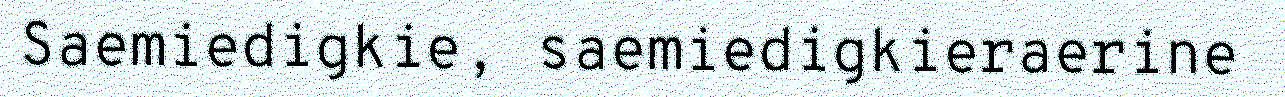
Saemiedigkie, saemiedigkieraerine